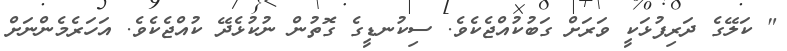
" ކަލޭގެ ދަރިފުޅަކީ ވަރަށް ގަބުކުއްޖެކެވެ. ސިކުނޑީގެ ގޮތުން ނުކުޅެދޭ ކުއްޖެކެވެ. އަހަރެމެންނަށް